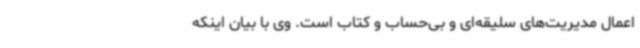
اعمال مدیریت‌های سلیقه‌ای و بی‌حساب و کتاب است. وی با بیان اینکه